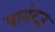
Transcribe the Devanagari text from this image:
पायंट्ज़